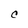
Character: C